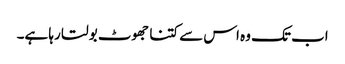
اب تک وہ اس سے کتنا جھوٹ بولتا رہا ہے۔